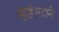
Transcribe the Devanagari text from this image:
म्हाइंभटाने